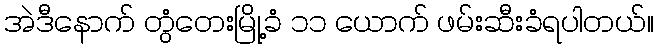
အဲဒီနောက် တွံတေးမြို့ခံ ၁၁ ယောက် ဖမ်းဆီးခံရပါတယ်။